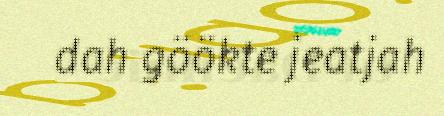
dah göökte jeatjah